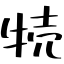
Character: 㸿